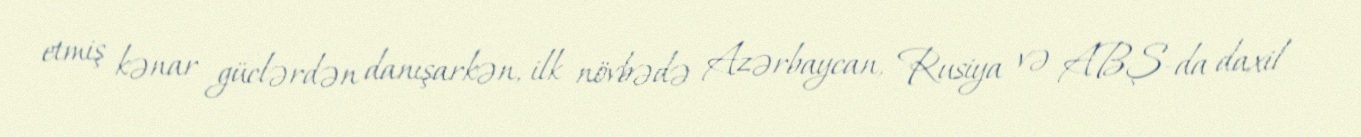
etmiş kənar güclərdən danışarkən, ilk növbədə Azərbaycan, Rusiya və ABŞ-da daxil